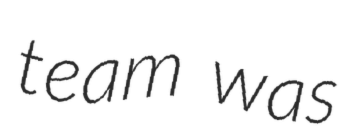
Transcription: team was